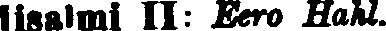
lisalmi II: Eero Hahl.